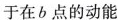
于在b点的动能